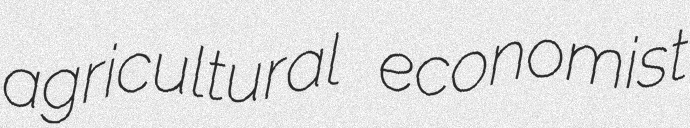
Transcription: agricultural economist